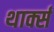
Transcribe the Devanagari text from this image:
थार्क्स